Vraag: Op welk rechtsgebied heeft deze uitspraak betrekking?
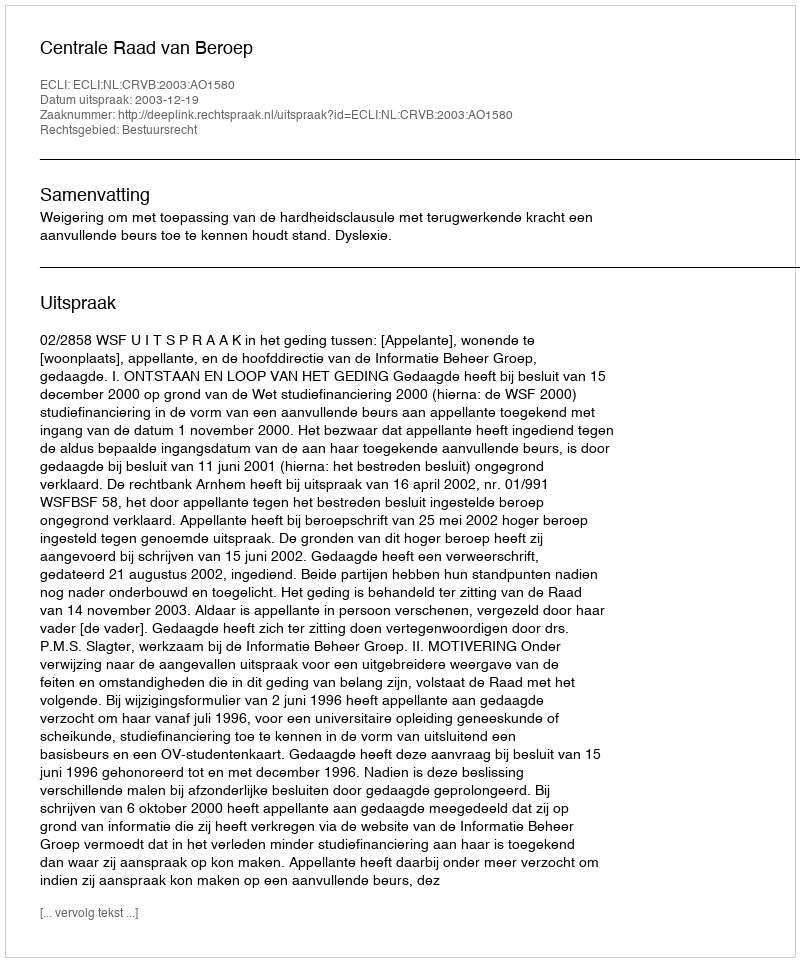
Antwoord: Bestuursrecht